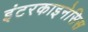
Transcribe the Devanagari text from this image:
इंटरकाइनेसिस